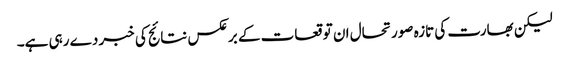
لیکن بھارت کی تازہ صورتحال ان توقعات کے برعکس نتائج کی خبر دے رہی ہے۔